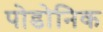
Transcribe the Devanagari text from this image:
पोडोनिक